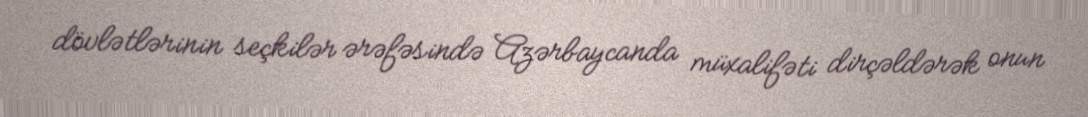
dövlətlərinin seçkilər ərəfəsində Azərbaycanda müxalifəti dirçəldərək onun